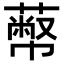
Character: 𦻾